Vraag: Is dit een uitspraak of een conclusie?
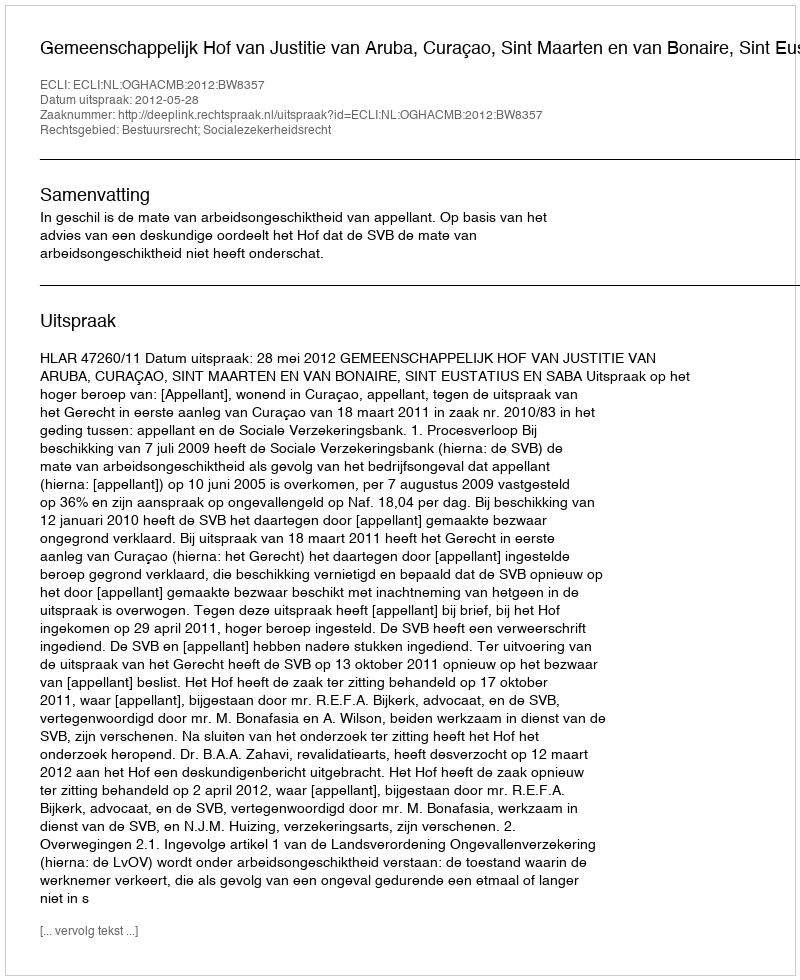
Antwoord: Uitspraak